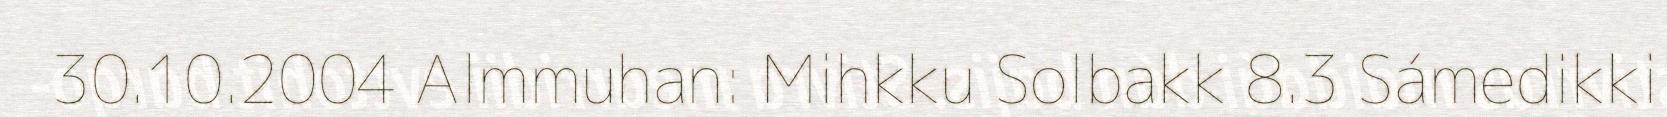
30.10.2004 Almmuhan: Mihkku Solbakk 8.3 Sámedikki